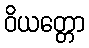
ဝိယတ္တော